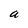
Character: a